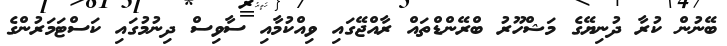
ބޭނުން ކުރާ ދުނިޔޭގެ މަޝްހޫރު ބްރޭންޑްތައް ރާއްޖޭގައި ވިއްކުމާއި ސާވިސް ދިނުމުގައި ކަސްޓަމަރުންގެ